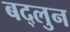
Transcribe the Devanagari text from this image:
बद्लुन